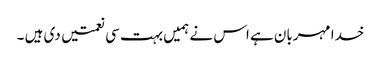
خدا مہربان ہے اس نے ہمیں بہت سی نعمتیں دی ہیں ۔